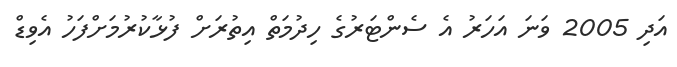
އަދި 2005 ވަނަ އަހަރު އެ ސެންޓަރުގެ ހިދުމަތް އިތުރަށް ފުޅާކުރުމަށްފަހު އެވިޑް